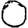
Digit: 0